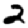
Digit: 2